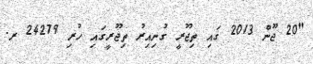
"20 ޖޫން 2013 ގައި ތިޖޫރީ ގުނިއިރު ތިޖޫރީގައި ހުރި 24279 ރ.